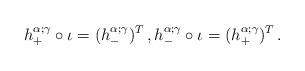
LaTeX: \begin{align*} h_+^{\alpha;\gamma}\circ \iota=(h_-^{\alpha;\gamma})^T\,, h_-^{\alpha;\gamma}\circ \iota=(h_+^{\alpha;\gamma})^T\,.\end{align*}